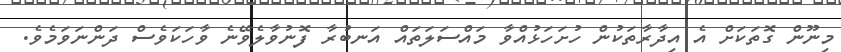
މިނޫން ގޮތަކަށް އެ އިދާރާތަކުން ހުށަހަޅުއްވާ މައްސަލަތައް އަނބުރާ ފޮނުވާލެވޭނެ ވާހަކަވެސް ދަންނަވަމެވެ.